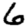
Digit: 6